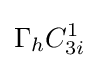
\Gamma _{h}C_{3i}^{1}